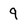
Character: 9